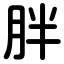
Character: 胖